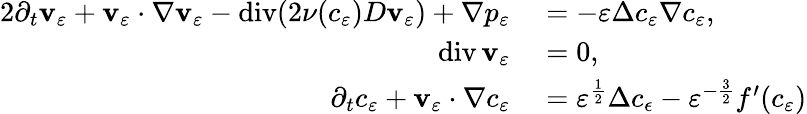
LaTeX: \begin{array}{rl}{{2}\partial_{t}\mathbf{v}_{\varepsilon}+\mathbf{v}_{\varepsilon}\cdot\nabla\mathbf{v}_{\varepsilon}-\operatorname{div}(2\nu(c_{\varepsilon})D\mathbf{v}_{\varepsilon})+\nabla p_{\varepsilon}}&{{}=-\varepsilon\Delta c_{\varepsilon}\nabla c_{\varepsilon},}\\ {\operatorname{div}\mathbf{v}_{\varepsilon}}&{{}=0,}\\ {\partial_{t}c_{\varepsilon}+\mathbf{v}_{\varepsilon}\cdot\nabla c_{\varepsilon}}&{{}=\varepsilon^{\frac{1}{2}}\Delta c_{\epsilon}-\varepsilon^{-\frac{3}{2}}f^{\prime}(c_{\varepsilon})}\end{array}